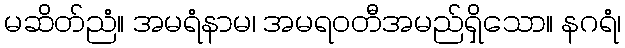
မဆိတ်ညံ။ အမရံနာမ၊ အမရဝတီအမည်ရှိသော။ နဂရံ၊